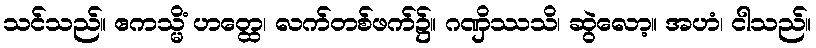
သင်သည်။ ဧကသ္မိံ ဟတ္ထေ၊ လက်တစ်ဖက်၌။ ဂဏှိဿသိ၊ ဆွဲလော့။ အဟံ၊ ငါသည်။